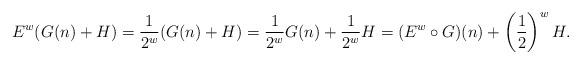
LaTeX: \begin{align*}E^w(G(n)+H) = \frac{1}{2^w} (G(n)+H) = \frac{1}{2^w} G(n) + \frac{1}{2^w} H = (E^w \circ G)(n) + \left( \frac{1}{2}\right)^w H.\end{align*}